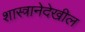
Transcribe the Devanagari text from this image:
शास्त्रानेदेखील